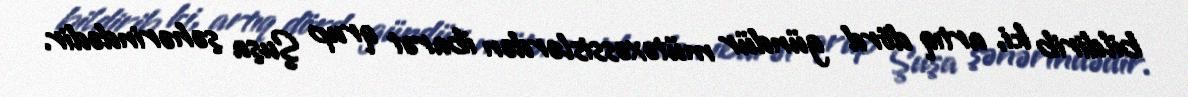
bildirib ki, artıq dörd gündür mütəxəssislərdən ibarət qrup Şuşa şəhərindədir.